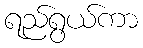
ရည်ရွယ်ကာ